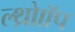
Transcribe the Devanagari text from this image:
ल्थ्रोाॉप